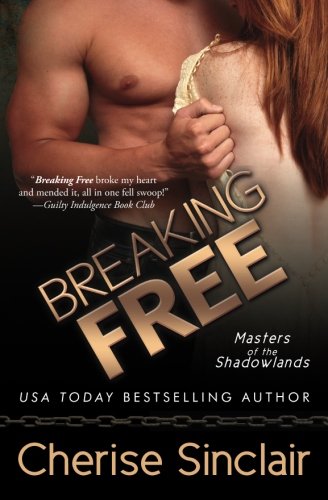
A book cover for Breaking Free (Masters of the Shadowlands) (Volume 3); Cherise Sinclair; Romance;